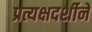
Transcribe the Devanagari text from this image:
प्रत्यक्षदर्शीने